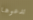
تدعوها